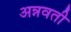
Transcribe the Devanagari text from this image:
अन्नवती